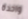
واحدة